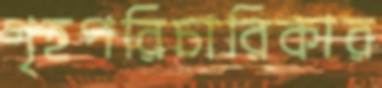
গৃহপরিচারিকার